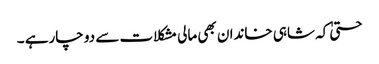
حتیٰ کہ شاہی خاندان بھی مالی مشکلات سے دو چارہے ۔